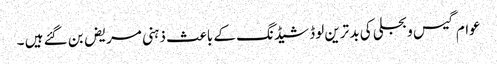
عوام گیس و بجلی کی بد ترین لوڈ شیڈنگ کے باعث ذہنی مریض بن گئے ہیں ۔